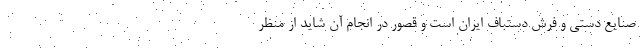
صنایع دستی و فرش دستباف ایران است و قصور در انجام آن شاید از منظر